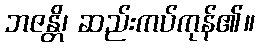
ဘဇန္တိ၊ ဆည်းကပ်ကုန်၏။